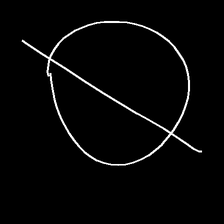
Glyph: orb